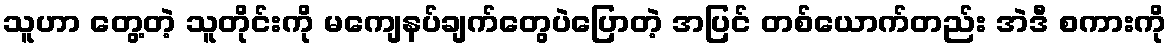
သူဟာ တွေ့တဲ့ သူတိုင်းကို မကျေနပ်ချက်တွေပဲပြောတဲ့ အပြင် တစ်ယောက်တည်း အဲဒီ စကားကို